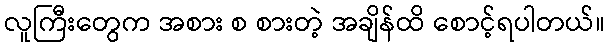
လူကြီးတွေက အစား စ စားတဲ့ အချိန်ထိ စောင့်ရပါတယ်။